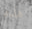
هذه